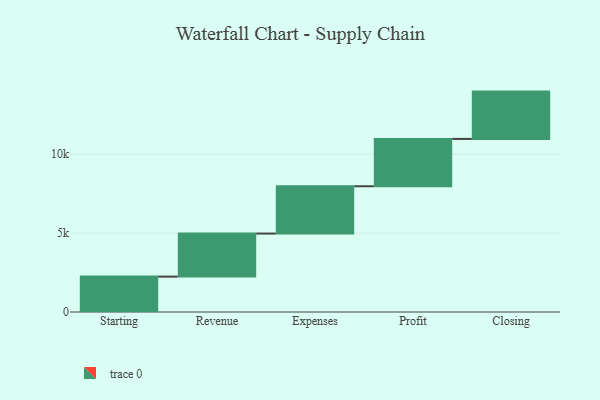
{"axis": {"x": "Step", "y": "Value"}, "legend": [""], "data": [{"x": "Starting", "y": 2243.0, "type": ""}, {"x": "Revenue", "y": 2729.0, "type": ""}, {"x": "Expenses", "y": 3000, "type": ""}, {"x": "Profit", "y": 3000, "type": ""}, {"x": "Closing", "y": 3000, "type": ""}]}